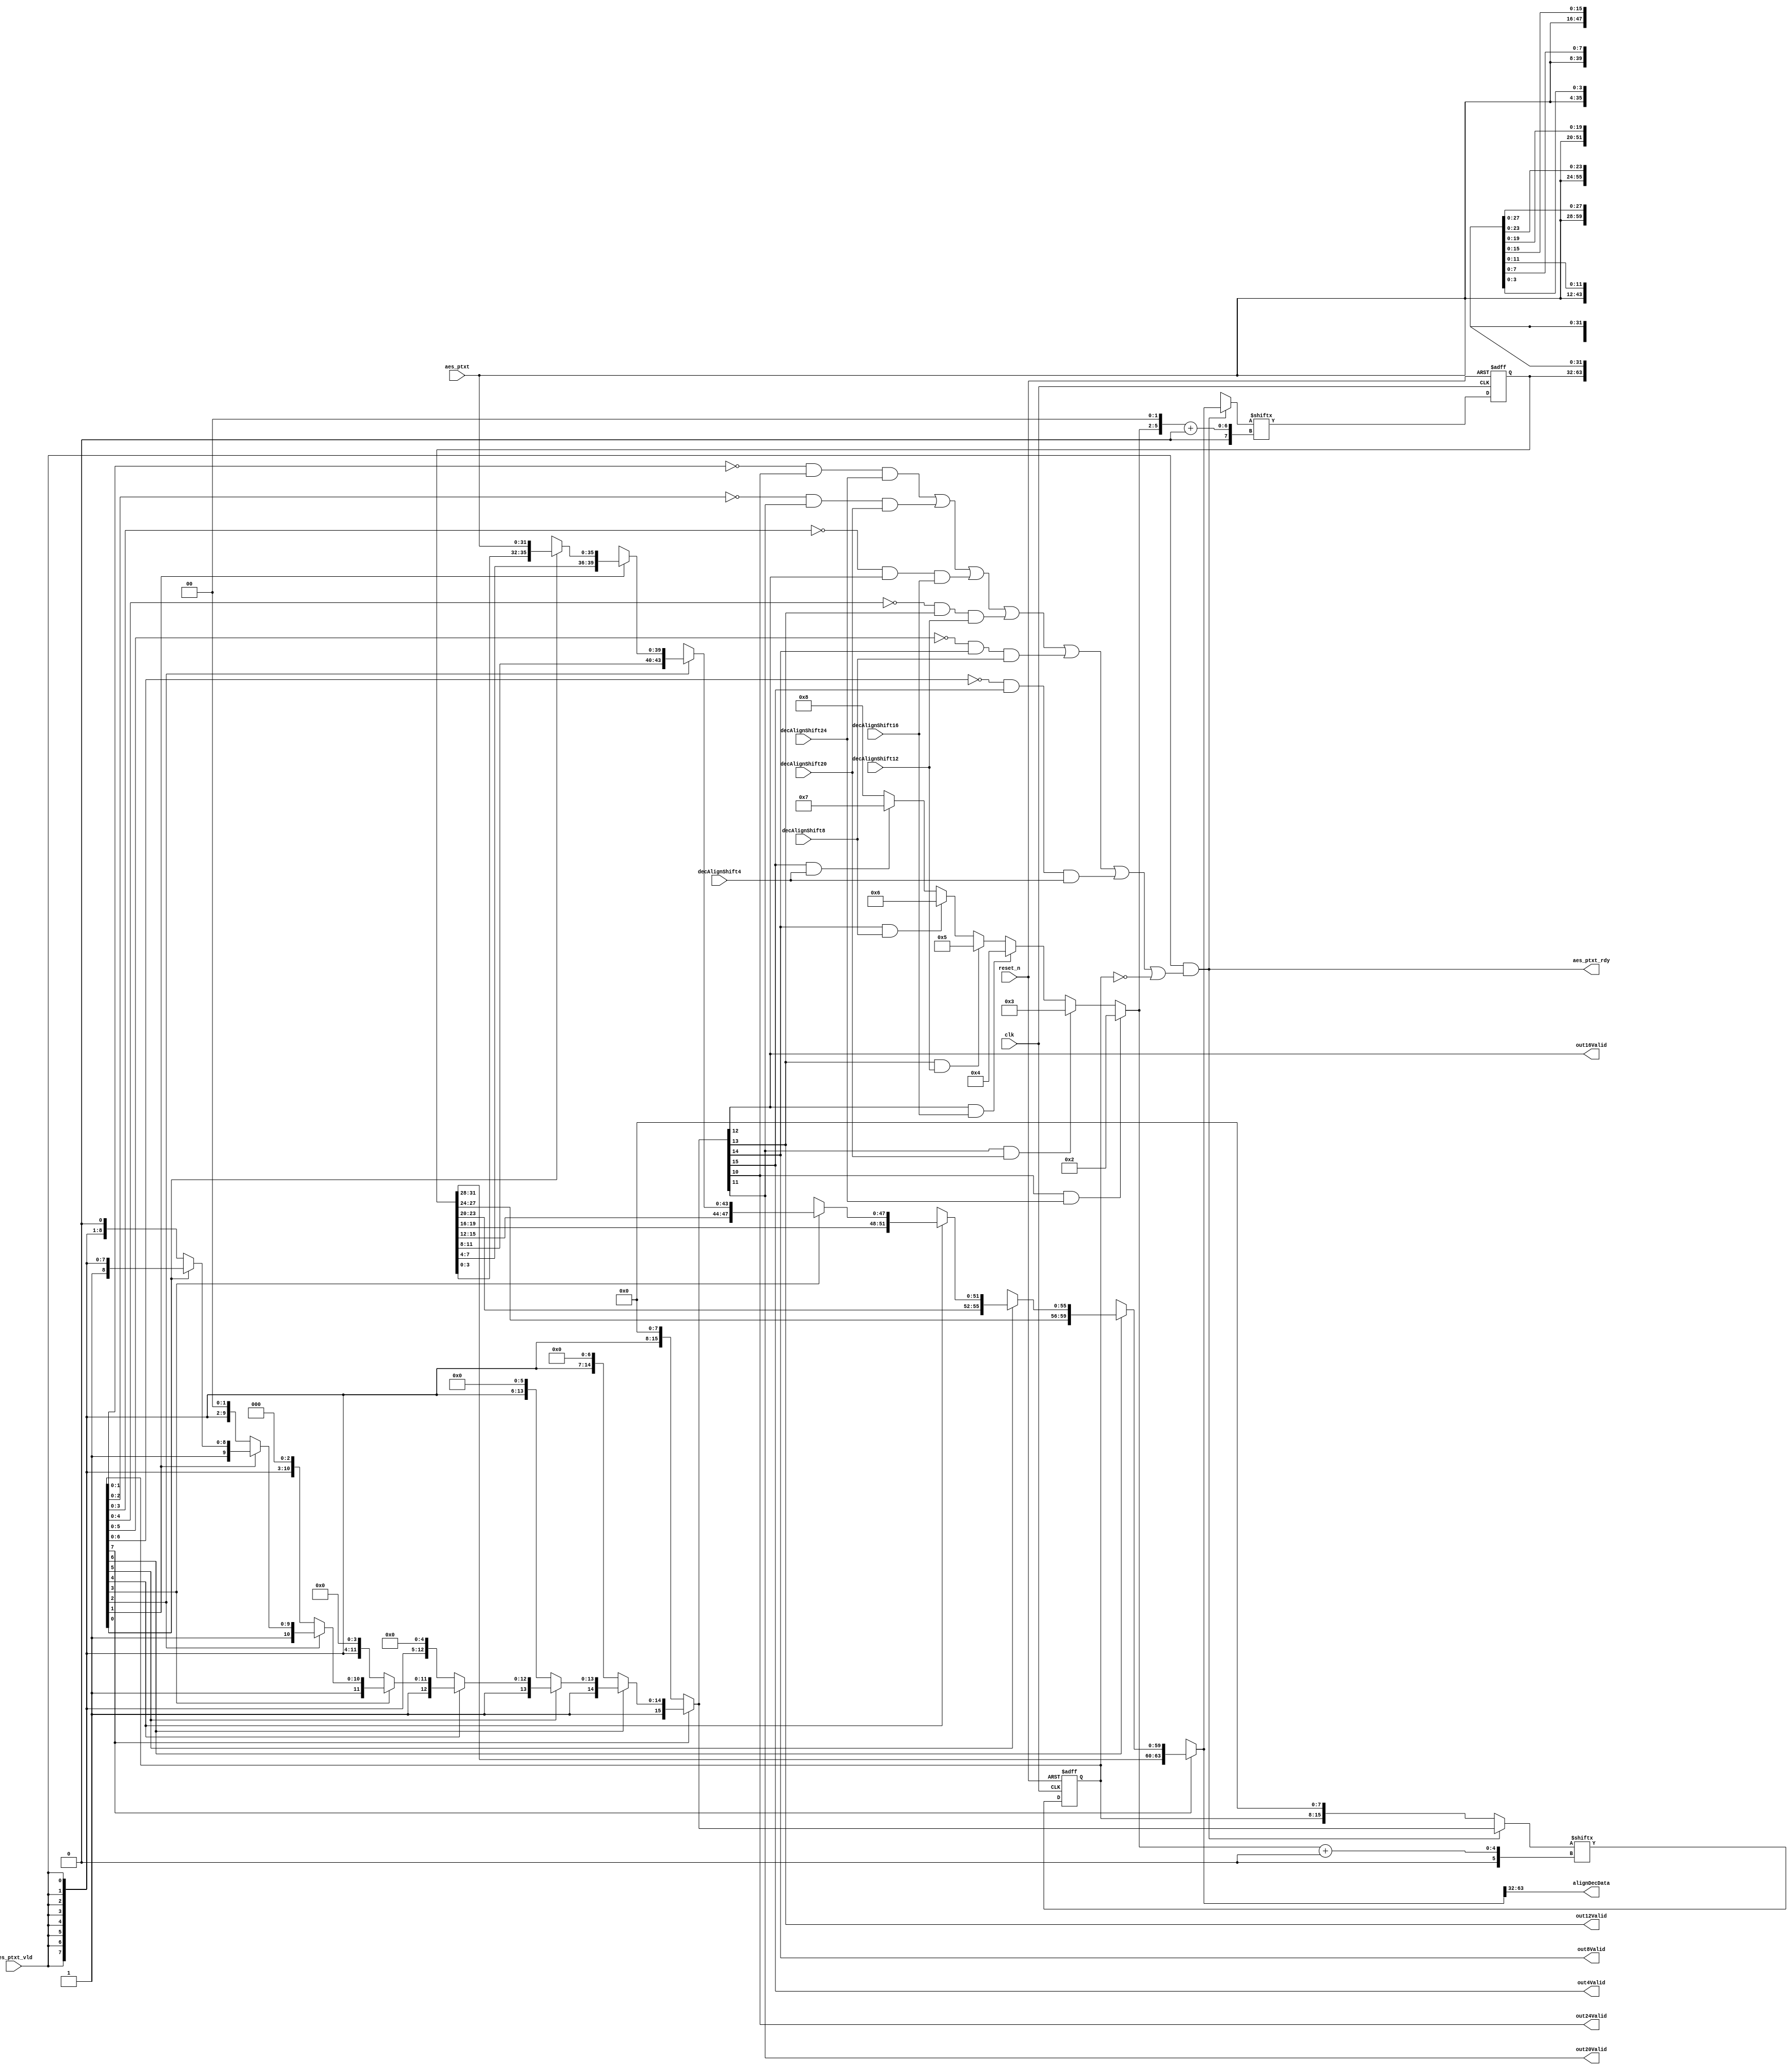
/****************************************************************************
   TabulaNotice [ Copyright (c) 2008 Tabula, Inc.
                | All Rights Reserved Worldwide.
                |
                | THIS PROGRAM IS CONFIDENTIAL AND PROPRIETARY
                | TO TABULA, INC. AND CONSTITUTES
                | A VALUABLE TRADE SECRET.
                |
                | Any unauthorized use, reproduction, modification, or
                | disclosure of this program is strictly prohibited.
                ]
   Filename:   [ $File: //depot/main/chips/Volcan/Vesuvius/logic/comps/bpa/src/aligner.v $ ]
   Description [ Aligner with nibble valids
               ]
   Author:     [ $Author: qhuynh $ ]
 *****************************************************************************/

module aligner (
   input  wire             clk, 
   input  wire             reset_n,

   input  wire [31:0]      aes_ptxt,
   input  wire             aes_ptxt_vld,
   output wire             aes_ptxt_rdy,

   input  wire             decAlignShift4,   
   input  wire             decAlignShift8,   
   input  wire             decAlignShift12,   
   input  wire             decAlignShift16,
   input  wire             decAlignShift20,   
   input  wire             decAlignShift24,   

   // Decoder interface
   output wire             out4Valid,
   output wire             out8Valid,
   output wire             out12Valid,
   output wire             out16Valid,
   output wire             out20Valid,
   output wire             out24Valid,

   output wire [31:0]      alignDecData
   );

   reg [31:0]  storage;
   reg [7:0]   nibbleValid;

   wire [31:0] nStorage;
   wire [7:0]  nNibbleValid;
   wire        align_rdy;
   wire        inTransfer;

/***************************** Combinatorial **********************************/
   assign    aes_ptxt_rdy = inTransfer;

   // Store 32-bit and combine it with the input to form a 64-bit word
   // Initialize the valid bit vector

   wire [15:0] tempValid = (
                            !nibbleValid[7] ? {       {8{aes_ptxt_vld}}, 8'b0} :
                            !nibbleValid[6] ? {1'b1,  {8{aes_ptxt_vld}}, 7'b0} :
                            !nibbleValid[5] ? {2'h3,  {8{aes_ptxt_vld}}, 6'b0} :
                            !nibbleValid[4] ? {3'h7,  {8{aes_ptxt_vld}}, 5'b0} :
                            !nibbleValid[3] ? {4'hF,  {8{aes_ptxt_vld}}, 4'b0} :
                            !nibbleValid[2] ? {5'h1F, {8{aes_ptxt_vld}}, 3'b0} :
                            !nibbleValid[1] ? {6'h3F, {8{aes_ptxt_vld}}, 2'b0} :
                            !nibbleValid[0] ? {7'h7F, {8{aes_ptxt_vld}}, 1'b0} :
                                              {8'hFF, {8{aes_ptxt_vld}}}) ;

   wire [63:0] tempData = ( 
                            !nibbleValid[7] ? {                aes_ptxt, 32'bx} :
                            !nibbleValid[6] ? {storage[31:28], aes_ptxt, 28'bx} :
                            !nibbleValid[5] ? {storage[31:24], aes_ptxt, 24'bx} :
                            !nibbleValid[4] ? {storage[31:20], aes_ptxt, 20'bx} :
                            !nibbleValid[3] ? {storage[31:16], aes_ptxt, 16'bx} :
                            !nibbleValid[2] ? {storage[31:12], aes_ptxt, 12'bx} :
                            !nibbleValid[1] ? {storage[31:8],  aes_ptxt, 8'bx}  :
                            !nibbleValid[0] ? {storage[31:4],  aes_ptxt, 4'bx}  :
                                              {storage[31:0],  aes_ptxt});

   assign    {out4Valid, out8Valid, out12Valid, out16Valid, out20Valid, out24Valid} = tempValid[15:10];

   assign    alignDecData = tempData[63:32];

   assign    align_rdy    = (((nibbleValid[1:0]==2'h0 )  & out24Valid & decAlignShift24) |
                             ((nibbleValid[2:0]==3'h0 )  & out20Valid & decAlignShift20) |
                             ((nibbleValid[3:0]==4'h0 )  & out16Valid & decAlignShift16) |
                             ((nibbleValid[4:0]==5'h00)  & out12Valid & decAlignShift12) |
                             ((nibbleValid[5:0]==6'h00)  & out8Valid  & decAlignShift8 ) |
                             ((nibbleValid[6:0]==7'h00)  & out4Valid  & decAlignShift4 ) |
                              (nibbleValid[7:0]==8'h00));

   assign   inTransfer = aes_ptxt_vld & align_rdy;
   
   wire [15:0] nextValid  = inTransfer ? tempValid : {nibbleValid, 8'h00};
   
   wire [63:0] nextData  = inTransfer ? tempData  : {storage,     32'bx};
   
   wire [3:0]  outShift = ((out24Valid & decAlignShift24)  ? 4'd2 :
                           (out20Valid & decAlignShift20)  ? 4'd3 :
                           (out16Valid & decAlignShift16)  ? 4'd4 :
                           (out12Valid & decAlignShift12)  ? 4'd5 :
                           (out8Valid & decAlignShift8)    ? 4'd6 :
                           (out4Valid & decAlignShift4)    ? 4'd7 : 4'd8);
   
   assign      nNibbleValid = nextValid[outShift +:8];
   
   assign      nStorage     = nextData[{outShift,2'b00} +: 32];

/*****************************   Sequential   **********************************/
   always @(posedge clk or negedge reset_n)  begin
      if (!reset_n) begin
         nibbleValid  <= 8'h00;
      end
      else begin
         nibbleValid  <= nNibbleValid;
      end
   end

   always @(posedge clk or negedge reset_n)  begin
      if (!reset_n) begin
         storage <= 32'd0;
      end
      else begin
         storage <= nStorage;
      end
   end

/*****************************   Assertions   **********************************/
   
   // synopsys translate_off
`ifdef ASSERT_ON
   //-- check that the input (downAlign) is proper 2-phase
   pc_2Phase  da_2Phase (.clk(clk), .reset_n(reset_n), .valid1(aes_ptxt_vld), .valid2(aes_ptxt_rdy));
   //-- check that out{8|12|16}Valid is a thermometer code
   assert_implication #(0,0,"out24Valid thermometer")  assert_o24 (clk, reset_n, out24Valid, out20Valid);
   assert_implication #(0,0,"out20Valid thermometer")  assert_o20 (clk, reset_n, out20Valid, out16Valid);
   assert_implication #(0,0,"out16Valid thermometer")  assert_o16 (clk, reset_n, out16Valid, out12Valid);
   assert_implication #(0,0,"out12Valid thermometer")  assert_o12 (clk, reset_n, out12Valid, out8Valid);
   assert_implication #(0,0,"out8Valid thermometer")   assert_o8 (clk, reset_n, out8Valid, out4Valid);
   //-- check that output shifts are one-hot
   assert_zero_one_hot #(0,6,0,"decAlignShift one-hot")  
   assert_decAlignShiftOneHot (clk, reset_n, {decAlignShift24, decAlignShift20, decAlignShift16,
                                              decAlignShift12, decAlignShift8, decAlignShift4});
   //-- check that the output (decoder) is proper 2-phase
   pc_2Phase  dec_2Phase (.clk(clk), .reset_n(reset_n), 
                          .valid1(|{out24Valid, out20Valid, out16Valid, out12Valid, out8Valid,  out4Valid}), 
                          .valid2(|{decAlignShift24, decAlignShift20, decAlignShift16,
                                    decAlignShift12, decAlignShift8, decAlignShift4}));
   
`endif
   // synopsys translate_on
endmodule // aligner